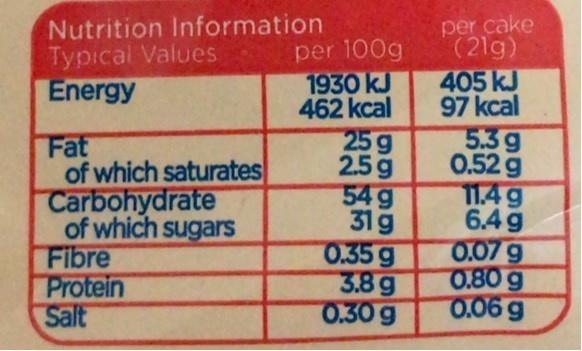
Nutrition Information Typical Values Energy
Fat of which saturates Carbohydrate of which sugars Fibre Protein Salt
per 100g 1930 kJ 462 kcal 25 g 2.5 g 54g 31g 0.35 g 3.8g 0.30 g
per cake (21g) 405 kJ 97 kcal 5.3g 0.52 g 11.4g 6.4g 0.07 g 0.80 g 0.06 g